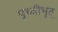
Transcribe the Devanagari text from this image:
पृथ्वीभृत्